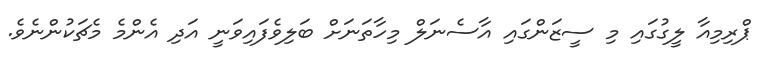
ޕްރިމިއާ ލީގުގައި މި ސީޒަންގައި އާސެނަލް މިހާތަނަށް ބަލިވެފައިވަނީ އަދި އެންމެ މެޗަކުންނެވެ.